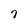
Character: 7